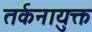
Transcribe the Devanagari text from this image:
तर्कनायुक्त